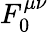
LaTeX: F_{0}^{\mu\nu}